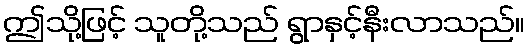
ဤသို့ဖြင့် သူတို့သည် ရွာနှင့်နီးလာသည်။